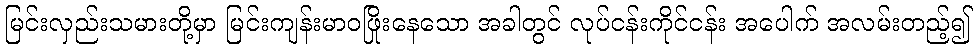
မြင်းလှည်းသမားတို့မှာ မြင်းကျန်းမာဝဖြိုးနေသော အခါတွင် လုပ်ငန်းကိုင်ငန်း အပေါက် အလမ်းတည့်၍